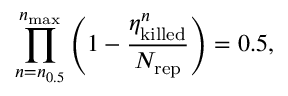
\prod _ { n = n _ { 0 . 5 } } ^ { n _ { \mathrm { m a x } } } \left( 1 - \frac { \eta _ { \mathrm { k i l l e d } } ^ { n } } { N _ { \mathrm { r e p } } } \right) = 0 . 5 ,